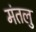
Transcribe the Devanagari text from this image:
मंतलु